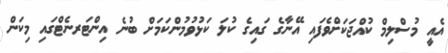
އެއީ މުސްލިމް ކުއްޖަކަށްވެފައި އޭނާގެ ގައިގެ ކުލަ ކަޅުވުމުންކަމަށް ބުނެ އިންޓަރނެޓްގައި މިކަން